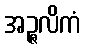
အဉ္ဇလိကံ